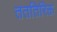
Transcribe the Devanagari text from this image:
तततिरिक्त